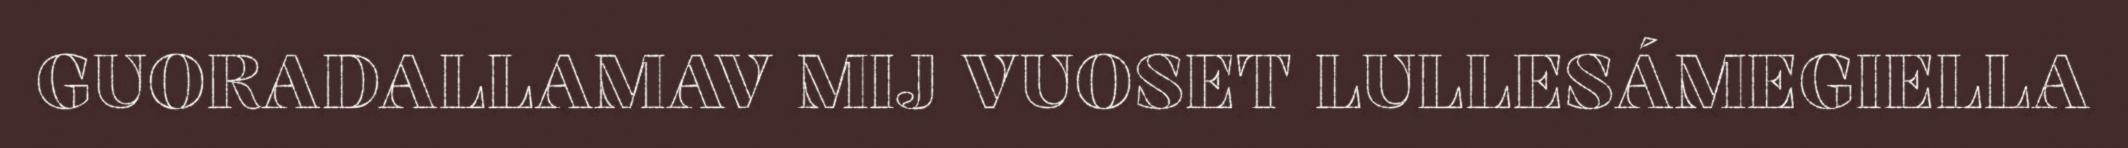
GUORADALLAMAV MIJ VUOSET LULLESÁMEGIELLA